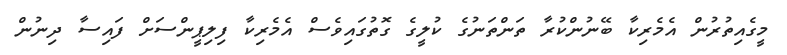
މީގެއިތުރުން އެމެރިކާ ބޭނުންކުރާ ތަންތަނުގެ ކުލީގެ ގޮތުގައިވެސް އެމެރިކާ ފިލިޕީންސަށް ފައިސާ ދިނުން